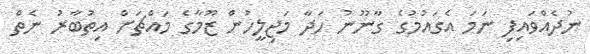
ނުދެއްވައިފި ނަމަ އެގައުމުގެ ގާނޫނު ހަދާ މަޖިލީހުން ޒޫމާގެ މައްޗަށް އިތުބާރު ނެތް